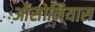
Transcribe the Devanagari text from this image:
ऑसोनियास